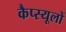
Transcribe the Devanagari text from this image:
कैप्स्यूलों